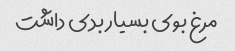
مرغ بوی بسیار بدی داشت